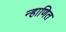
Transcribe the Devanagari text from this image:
न्हाणित